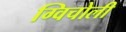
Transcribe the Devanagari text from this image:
ग्विचोली